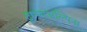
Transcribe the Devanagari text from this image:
ट्रान्सअल्पिना